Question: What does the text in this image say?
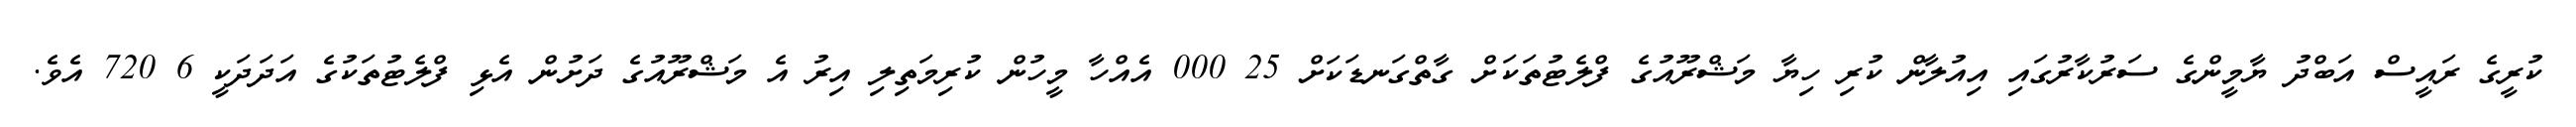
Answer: ކުރީގެ ރައީސް އަބްދު ޔާމީންގެ ސަރުކާރުގައި އިއުލާން ކުރި ހިޔާ މަޝްރޫއުގެ ފްލެޓުތަކަށް ގާތްގަނޑަކަށް 25 000 އެއްހާ މީހުން ކުރިމަތިލި އިރު އެ މަޝްރޫއުގެ ދަށުން އެޅި ފްލެޓުތަކުގެ އަދަދަކީ 6 720 އެވެ.